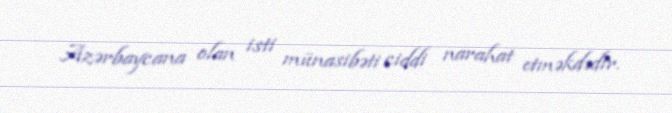
Azərbaycana olan isti münasibəti ciddi narahat etməkdədir.